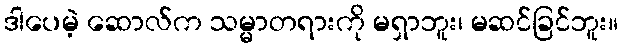
ဒါပေမဲ့ ဆောလ်က သမ္မာတရားကို မရှာဘူး၊ မဆင်ခြင်ဘူး။